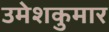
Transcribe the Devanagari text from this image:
उमेशकुमार